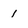
Character: 1